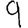
Digit: 9